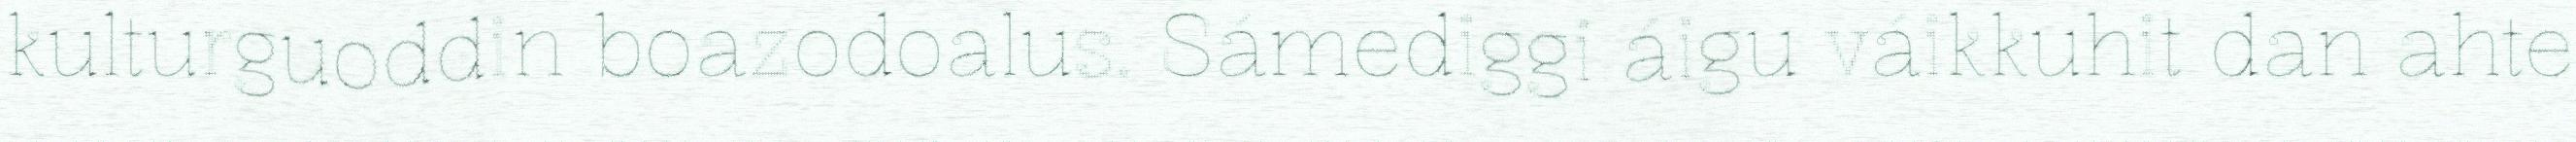
kulturguoddin boazodoalus. Sámediggi áigu váikkuhit dan ahte